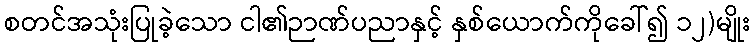
စတင်အသုံးပြုခဲ့သော ငါ၏ဉာဏ်ပညာနှင့် နှစ်ယောက်ကိုခေါ်၍ ၁၂)မျိုး